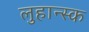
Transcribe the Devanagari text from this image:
लुहान्स्क